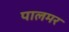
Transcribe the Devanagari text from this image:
पालमर